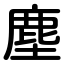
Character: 塵